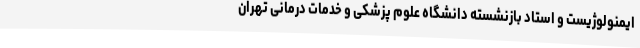
ایمنولوژیست و استاد بازنشسته دانشگاه علوم پزشکی و خدمات درمانی تهران